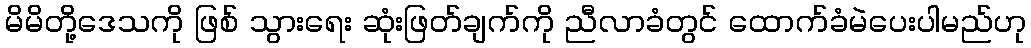
မိမိတို့ဒေသကို ဖြစ် သွားရေး ဆုံးဖြတ်ချက်ကို ညီလာခံတွင် ထောက်ခံမဲပေးပါမည်ဟု